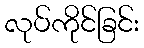
လုပ်ကိုင်ခြင်း